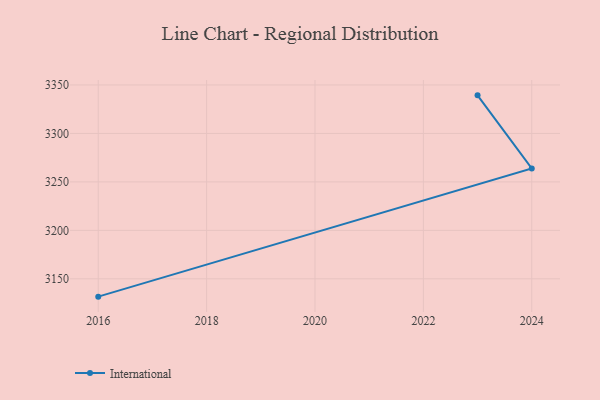
{"axis": {"x": "Year", "y": "Tickets Resolved"}, "legend": ["International"], "data": [{"x": "2023", "y": 3339.3, "type": "International"}, {"x": "2024", "y": 3263.9, "type": "International"}, {"x": "2016", "y": 3131.6, "type": "International"}]}